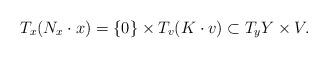
LaTeX: \begin{align*}T_x(N_x\cdot x)=\{0\}\times T_v(K\cdot v)\subset T_yY\times V.\end{align*}